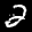
Label: 2